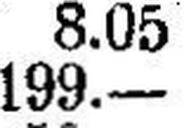
199.—